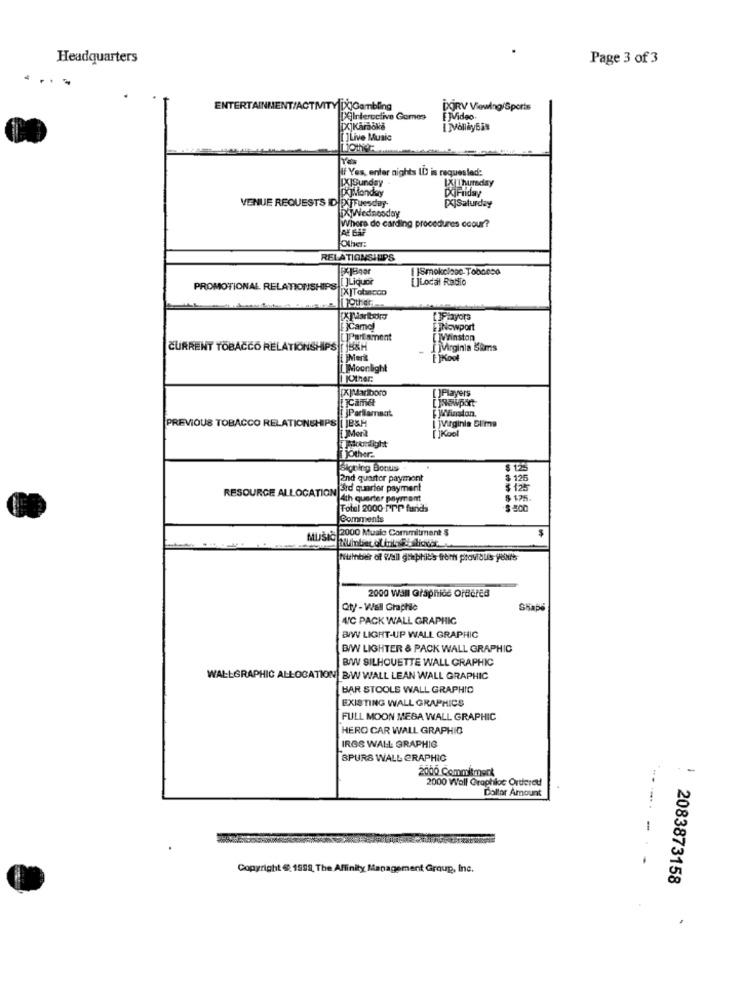
Headquarters
Page 3 of 3
....
ENTERTAINMENT/ACTMITY [X]0am
DXİRV Viewing/Sports
DgInteractive Gomes
[X]Karaoke
[]Live Music
If Yes, enter nights ID is requested:
[X]Sunday
IX Thursday
DOFriday
pojMonday
PojSaturday
VENUE REQUESTS ID POJTuesday-
AE GAF
Where do carding procedures coour?
Other:
RELATIONS UPS
[ ]Liquor
[]Local Radio
PROMOTIONAL RELATIONSHIPS
[X]arbors
[]F.2yors
[ ]Camd)
ETNowport
LIParlament
[ ]Winston
CURRENT TOBACCO RELATIONSHIPS ( JB&H
[ ]Virginia Sims
Merkt
[ ]Koot
Moonlight
[ ]Players
[ ]Partlamacıt
I ]Virginia Blima
PREVIOUS TOBACCO RELATIONSHIPS|[ jesH
[ ]Kool
Other-
Signing Bonus
$ 125
Rnd quarter payment
$ 125
RESOURCE ALLOCATION
3rd quarter payment
$ 125
OGATION 4th quarter payment
$ 175.
Total 2000-PPP fundi
Comments
Mijs e 2000 Music Commitment $
MUSIC
Number of Wall graphicis from proviouis yours
2000 wall Graphicć Ordčřed
Qty - Wall Graphic
Shape
A/C PACK WALL GRAPHIC
B/W LIGHT-UP WALL GRAPHIC
B/W LIGHTER & PACK WALL GRAPHIC
B/W SILHOUETTE WALL GRAPHIC
WALLGRAPHIC ALLOCATION BW WALL LEAN WALL GRAPHIC
BAR STOOLS WALL GRAPHIC
EXISTING WALL GRAPHICS
FULL MOON MESA WALL GRAPHIC
HERO CAR WALL GRAPHIC
IRGS WALL GRAPHIG
SPURS WALL GRAPHIC
2000 Commitment
-
2000 Wall Graphloc Ordered
Dollar Amount
-
Copyright @ 1999, The Affinity Management Group, Inc.
2083873158